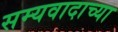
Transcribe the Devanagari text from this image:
सम्यवादाच्या